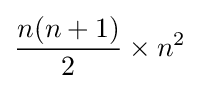
{\frac {n(n+1)}{2}}\times n^{2}